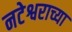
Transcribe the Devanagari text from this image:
नटेश्वराच्या